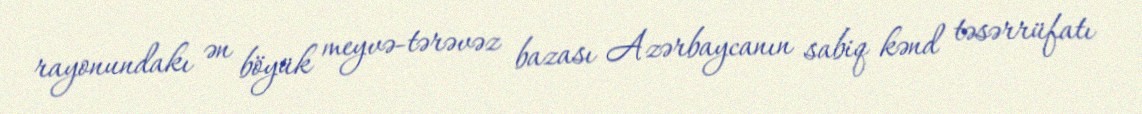
rayonundakı ən böyük meyvə-tərəvəz bazası Azərbaycanın sabiq kənd təsərrüfatı